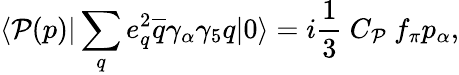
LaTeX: \langle\mathcal{P}(p)|\sum_{q}e_{q}^{2}\overline{{{{q}}}}\gamma_{\alpha}\gamma_{5}q|0\rangle=i{\frac{{1}}{{3}}}~C_{\mathcal{P}}~f_{\pi}p_{\alpha},